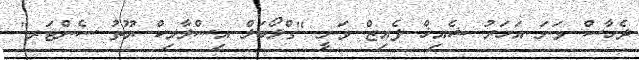
ދެހާސް ވަނަ އަހަރު ޝެއިޚް ފެއިޒް ވަނީ "ގްލޯބަލް އިސްލާމިކް ޔޫތު ސެންޓަރ"